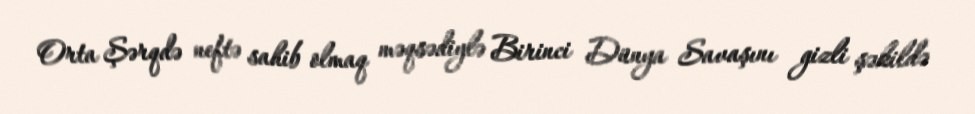
Orta Şərqdə neftə sahib olmaq məqsədiylə Birinci Dünya Savaşını gizli şəkildə